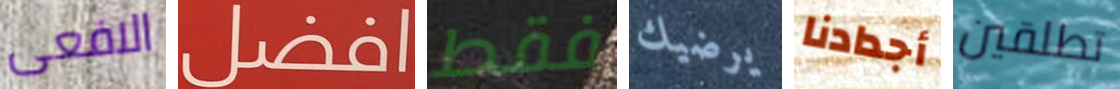
الافعى افضل فقط يرضيك أجدادنا تطلقين